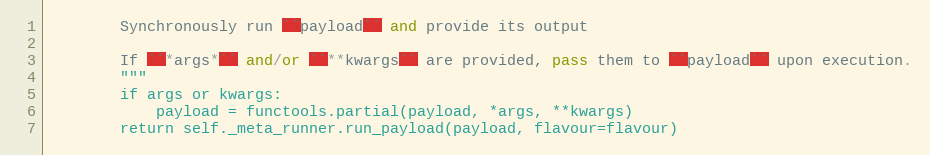
Language: Python
        Synchronously run ``payload`` and provide its output

        If ``*args*`` and/or ``**kwargs`` are provided, pass them to ``payload`` upon execution.
        """
        if args or kwargs:
            payload = functools.partial(payload, *args, **kwargs)
        return self._meta_runner.run_payload(payload, flavour=flavour)